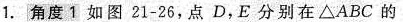
1.角度1如图21-26，点D，E分别在△ABC的